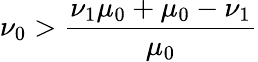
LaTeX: \nu_{0}>\frac{\nu_{1}\mu_{0}+\mu_{0}-\nu_{1}}{\mu_{0}}